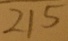
2 1 5